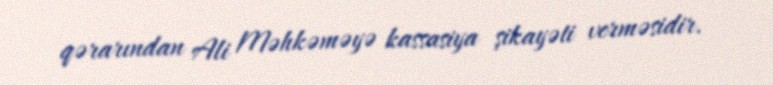
qərarından Ali Məhkəməyə kassasiya şikayəti verməsidir.